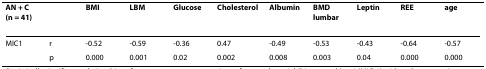
| AN + C(n = 41) |  | BMI | LBM | Glucose | Cholesterol | Albumin | BMD lumbar | Leptin | REE | age |
 | --- | --- | --- | --- | --- | --- | --- | --- | --- | --- | --- |
 | MIC1 | r | -0.52 | -0.59 | -0.36 | 0.47 | -0.49 | -0.53 | -0.43 | -0.64 | -0.57 |
 |  | p | 0.000 | 0.001 | 0.02 | 0.002 | 0.008 | 0.003 | 0.04 | 0.000 | 0.000 |